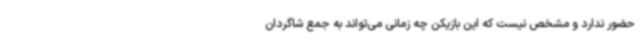
حضور ندارد و مشخص نیست که این بازیکن چه زمانی می‌تواند به جمع شاگردان